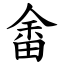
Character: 畬